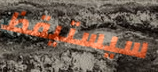
سيستيقظ